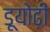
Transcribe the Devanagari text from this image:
डूयोढ़ी